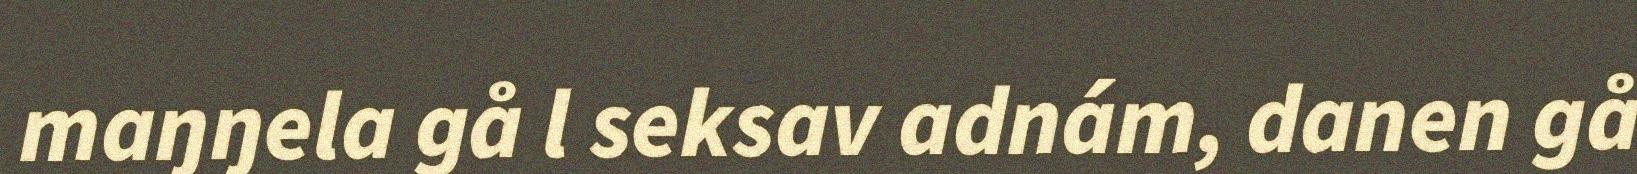
maŋŋela gå l seksav adnám, danen gå